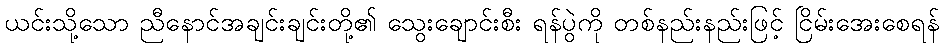
ယင်းသို့သော ညီနောင်အချင်းချင်းတို့၏ သွေးချောင်းစီး ရန်ပွဲကို တစ်နည်းနည်းဖြင့် ငြိမ်းအေးစေရန်